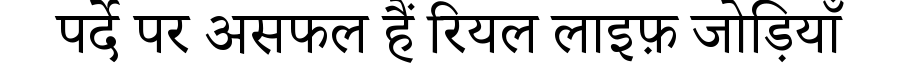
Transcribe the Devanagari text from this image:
पर्दे पर असफल हैं रियल लाइफ़ जोड़ियाँ